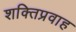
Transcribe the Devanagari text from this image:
शक्तिप्रवाह